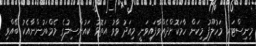
މިނިސްޓަރ މަހުލޫފު މިކަން ހާމަކޮށްދެއްވާފައިވަނީ މިއަދު ވާވު އަތޮޅު ކައުންސިލުގެ މެމްބަރުންނާއެކު ބޭއްވި